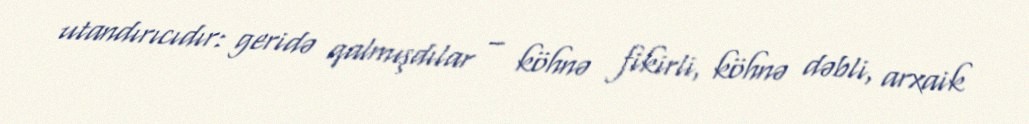
utandırıcıdır: geridə qalmışdılar – köhnə fikirli, köhnə dəbli, arxaik